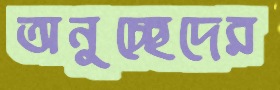
অনুচ্ছেদের